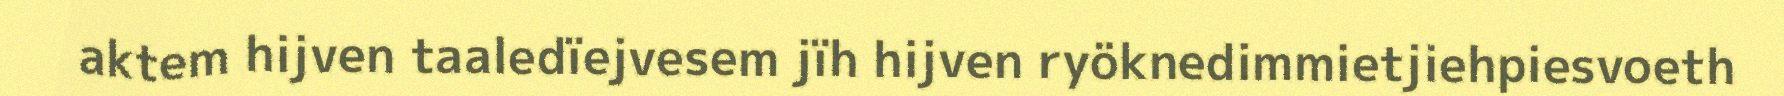
aktem hijven taaledïejvesem jïh hijven ryöknedimmietjiehpiesvoeth